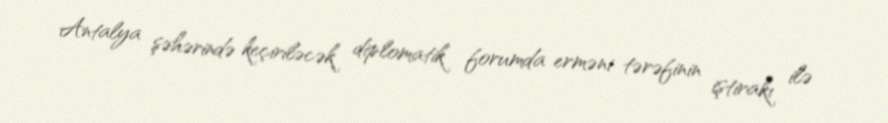
Antalya şəhərində keçiriləcək diplomatik forumda erməni tərəfinin iştirakı ilə